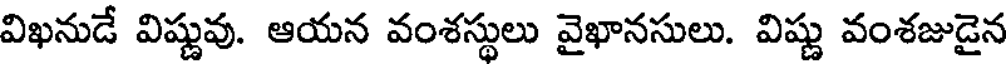
విఖనుడే విష్ణువు. ఆయన వంశస్థులు వైఖానసులు. విష్ణు వంశజుడైన